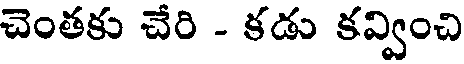
చెంతకు చేరి - కడు కవ్వించి